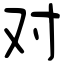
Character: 对